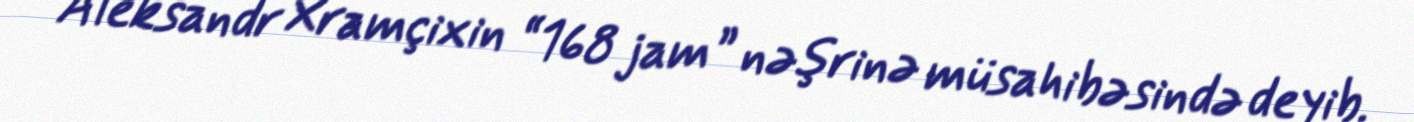
Aleksandr Xramçixin “168 jam” nəşrinə müsahibəsində deyib.